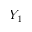
Y _ { 1 }